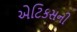
એટિકસની